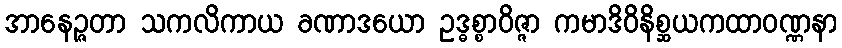
အာနေဉ္ဇတာ သကလိကာယ ခဏာဒယော ဥဒ္ဓစ္စာဝိဇ္ဇာ ကမာဒိဝိနိစ္ဆယကထာဝဏ္ဏနာ